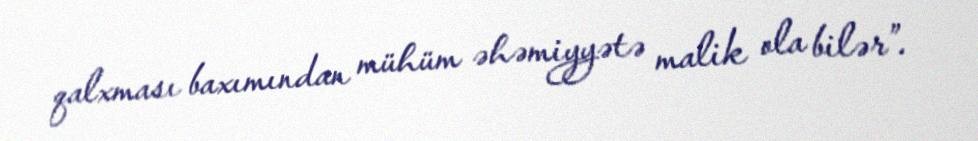
qalxması baxımından mühüm əhəmiyyətə malik ola bilər”.